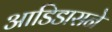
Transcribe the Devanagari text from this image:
आडिडासने